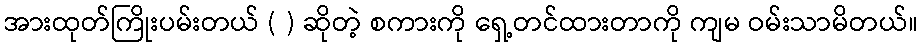
အားထုတ်ကြိုးပမ်းတယ် ( ) ဆိုတဲ့ စကားကို ရှေ့တင်ထားတာကို ကျမ ဝမ်းသာမိတယ်။